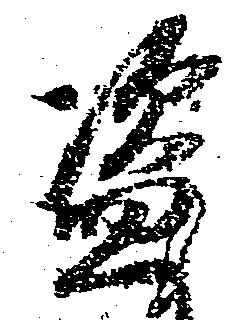
盗